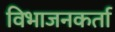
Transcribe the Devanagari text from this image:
विभाजनकर्ता